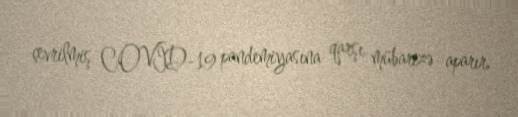
çevrilmiş COVİD-19 pandemiyasına qarşı mübarizə aparır.